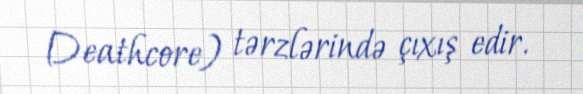
Deathcore) tərzlərində çıxış edir.